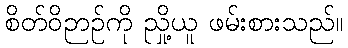
စိတ်ဝိဉာဉ်ကို ညှို့ယူ ဖမ်းစားသည်။